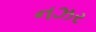
નઝર